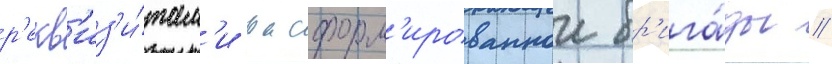
р'екв'из'и́там'и расформ'ированнои бр'ига́ды //